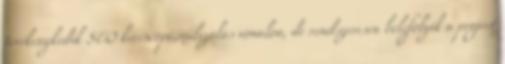
tevékenykedik SEO keresőoptimalizálás vonalon, de rendszeresen belefolyik a project